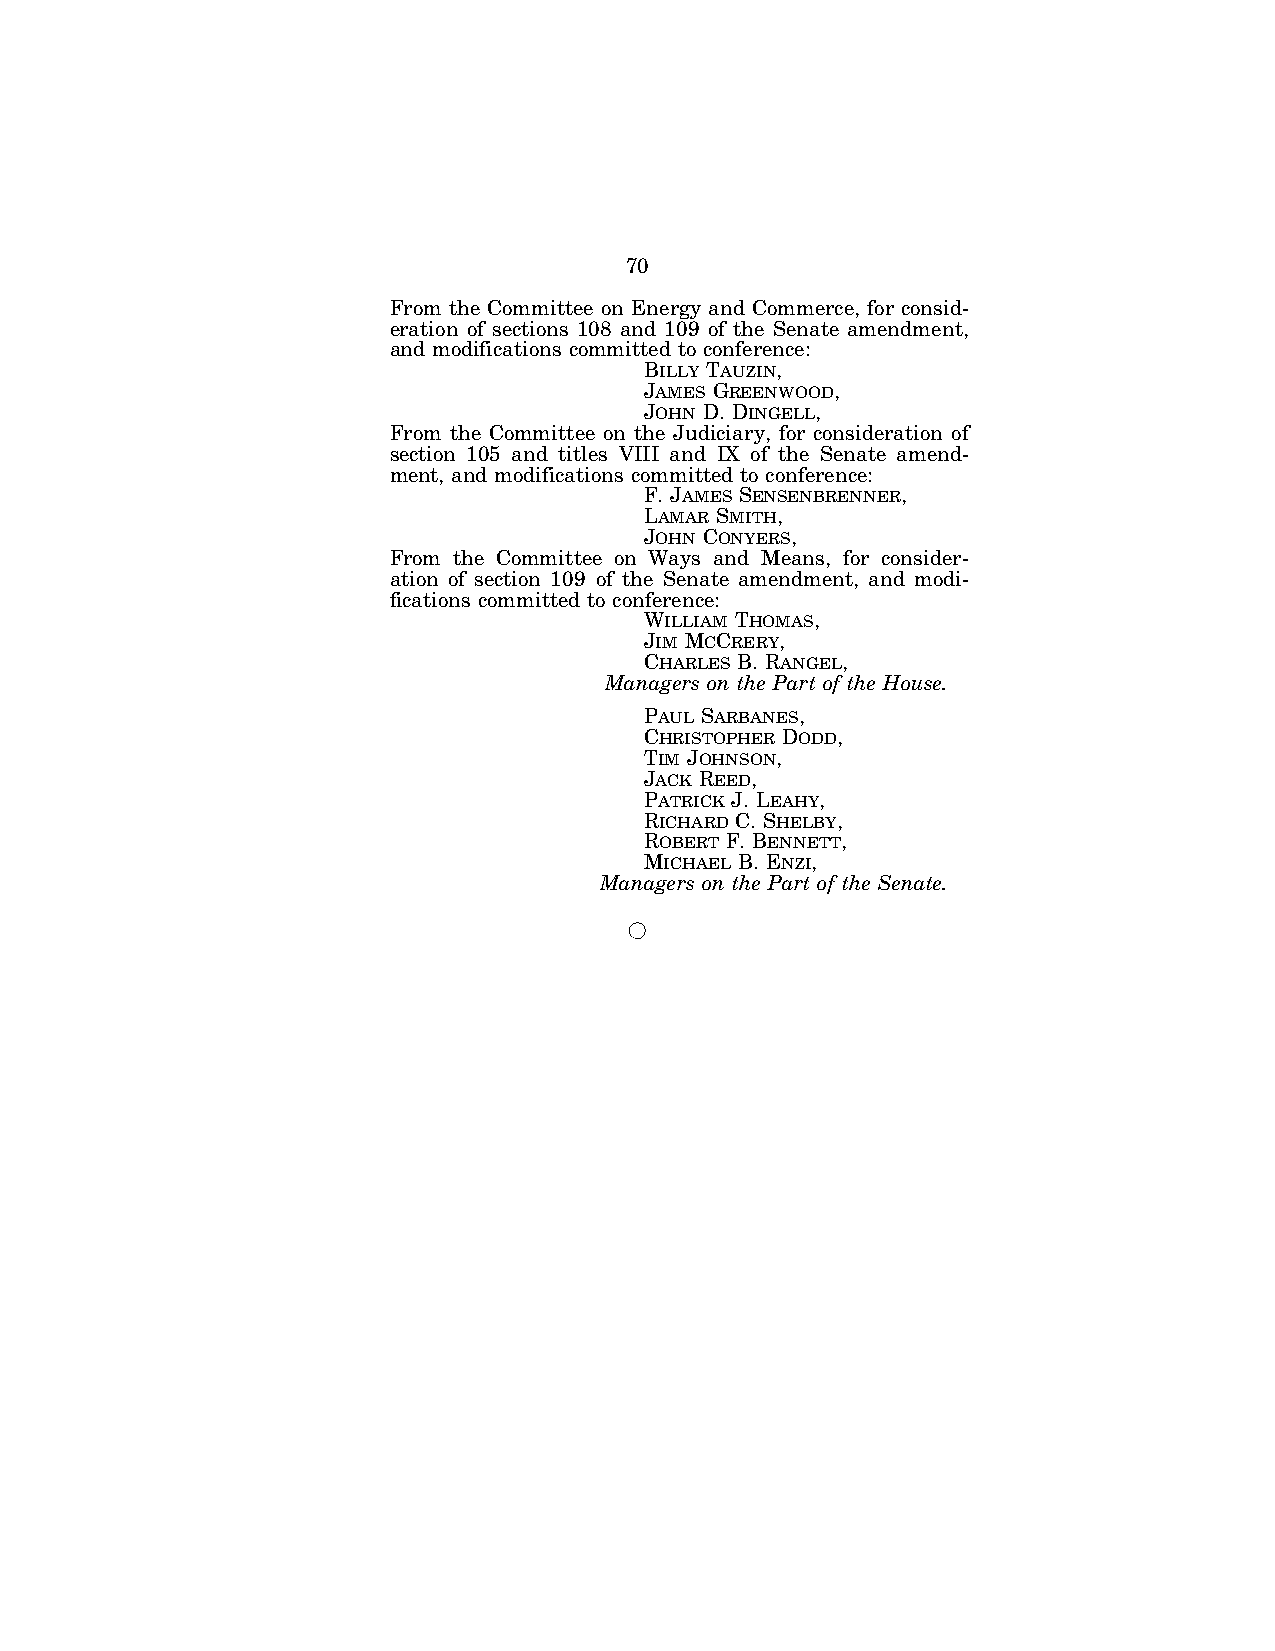
70
 From the Committee on Energy and Commerce, for consid-
 eration of sections 108 and 109 of the Senate amendment,
 and modifications committed to conference:
 BILLY TAUZIN,
 JAMES GREENWOOD,
 JOHN D. DINGELL,
 From the Committee on the Judiciary, for consideration of
 section 105 and titles VIII and IX of the Senate amend-
 ment, and modifications committed to conference:
 F. JAMES SENSENBRENNER,
 LAMAR SMITH,
 JOHN CONYERS,
 From the Committee on Ways and Means, for consider-
 ation of section 109 of the Senate amendment, and modi-
 fications committed to conference:
 WILLIAM THOMAS,
 JIM MCCRERY,
 CHARLES B. RANGEL,
 Managers on the Part of the House.
 PAUL SARBANES,
 CHRISTOPHER DODD,
 TIM JOHNSON,
 JACK REED,
 PATRICK J. LEAHY,
 RICHARD C. SHELBY,
 ROBERT F. BENNETT,
 MICHAEL B. ENZI,
 Managers on the Part of the Senate.
 Æ
 VerDate Jul 19 2002 16:35 Jul 25, 2002 Jkt 080361 PO 00000 Frm 00070 Fmt 6601 Sfmt 6611 E:\HR\OC\HR610.XXX pfrm15 PsN: HR610